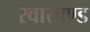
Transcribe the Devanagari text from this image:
रेवाखण्ड